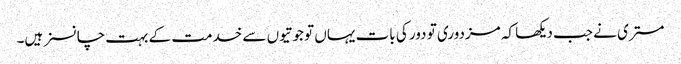
مستری نے جب دیکھا کہ مزدوری تو دور کی بات یہاں تو جوتیوں سے خدمت کے بہت چانسز ہیں۔